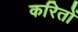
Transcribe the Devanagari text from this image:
करितों